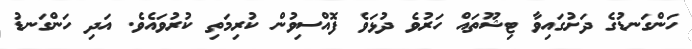
ހަންގަނޑުގެ ދަށުގައިވާ ޓިޝޫތައް ހަރުވެ ދުޅަވެ ފޮއްސިވުން ކުރިމަތި ކުރުވައެވެ. އަދި ހަންގަނޑު